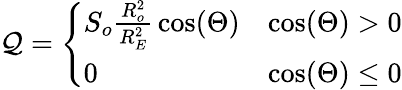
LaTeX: \mathcal{Q}={\left\{ \begin{array}{ll}{S_{o}{\frac{R_{o}^{2}}{R_{E}^{2}}}\cos(\Theta)}&{\cos(\Theta)>0}\\ {0}&{\cos(\Theta)\leq 0}\end{array}\right.}